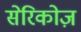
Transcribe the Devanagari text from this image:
सेरिकोज़